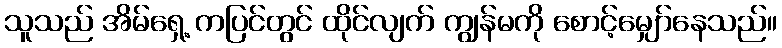
သူသည် အိမ်ရှေ့ ကပြင်တွင် ထိုင်လျက် ကျွန်မကို စောင့်မျှော်နေသည်။